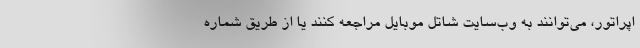
اپراتور، می‌توانند به وب‌سایت شاتل موبایل مراجعه کنند یا از طریق شماره